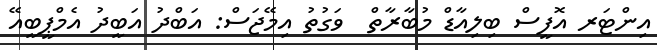
އިންޓަރ އޮފީސް ބިލިއާޑް މުބާރާތް  ވަގުތު އިމޭޖަސް: އަބްދު އަބީދު އެމްޕީބީއޭ